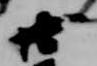
廿